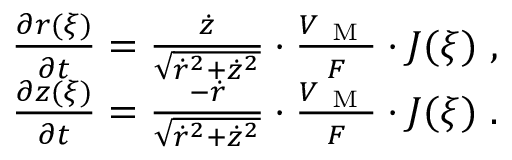
\begin{array} { r } { \frac { \partial r ( \xi ) } { \partial t } = \frac { \Dot { z } } { \sqrt { \Dot { r } ^ { 2 } + \Dot { z } ^ { 2 } } } \cdot \frac { V _ { \mathrm { ~ M ~ } } } { F } \cdot J ( \xi ) \ , } \\ { \frac { \partial z ( \xi ) } { \partial t } = \frac { - \Dot { r } } { \sqrt { \Dot { r } ^ { 2 } + \Dot { z } ^ { 2 } } } \cdot \frac { V _ { \mathrm { ~ M ~ } } } { F } \cdot J ( \xi ) \ . } \end{array}